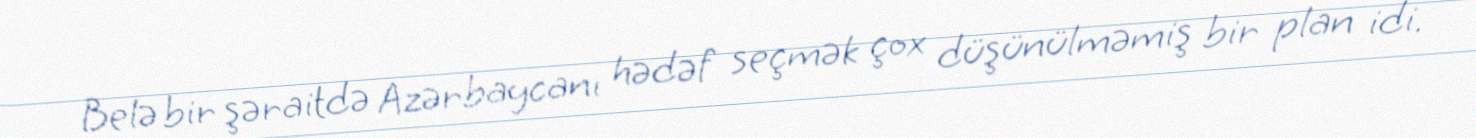
Belə bir şəraitdə Azərbaycanı hədəf seçmək çox düşünülməmiş bir plan idi.